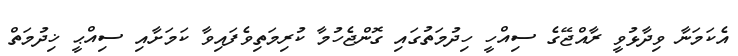
އެކަމަނާ ވިދާޅުވީ ރާއްޖޭގެ ސިއްހީ ހިދުމަތުގައި ގޮންޖެހުމާ ކުރިމަތިވެފައިވާ ކަމަށާއި ސިއްޙީ ޚިދުމަތް